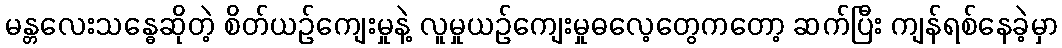
မန္တလေးသန္ဓေဆိုတဲ့ စိတ်ယဉ်ကျေးမှုနဲ့ လူမှုယဉ်ကျေးမှုဓလေ့တွေကတော့ ဆက်ပြီး ကျန်ရစ်နေခဲ့မှာ